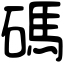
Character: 碼